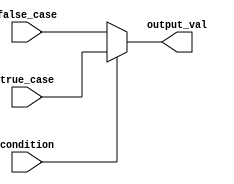
module conditional_operator_assignment (
    input wire condition,        // Single-bit condition input
    input wire [7:0] true_case, // 8-bit value for true case
    input wire [7:0] false_case, // 8-bit value for false case
    output reg [7:0] output_val  // 8-bit output value
);

    always @(*) begin
        // Conditional assignment using ternary operator
        output_val = condition ? true_case : false_case;
    end

endmodule